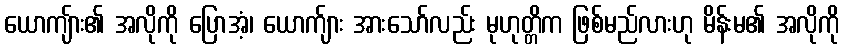
ယောကျ်ား၏ အလိုကို ပြောအံ့၊ ယောက်ျား အားသော်လည်း မုဟုတ္တိက ဖြစ်မည်လားဟု မိန်းမ၏ အလိုကို